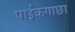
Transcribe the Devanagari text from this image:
पाईकगाछा